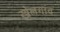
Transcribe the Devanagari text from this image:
खेलगांव